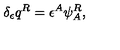
\delta _ { \epsilon } q ^ { R } = \epsilon ^ { A } \psi _ { A } ^ { R } ,